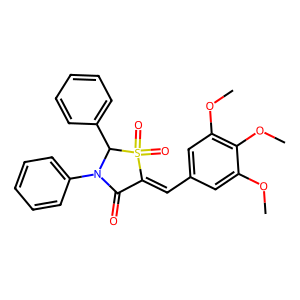
SMILES: COc1cc(C=C2C(=O)N(c3ccccc3)C(c3ccccc3)S2(=O)=O)cc(OC)c1OC
Inhibits HIV replication: No